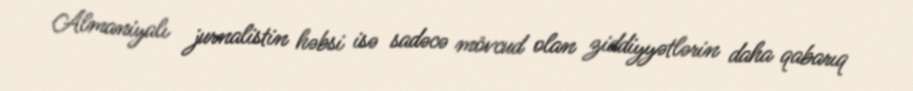
Almaniyalı jurnalistin həbsi isə sadəcə mövcud olan ziddiyyətlərin daha qabarıq